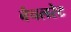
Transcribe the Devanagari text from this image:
बैचलरेट